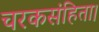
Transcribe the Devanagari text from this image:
चरकसंहिता।